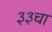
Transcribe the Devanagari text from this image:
३३चा